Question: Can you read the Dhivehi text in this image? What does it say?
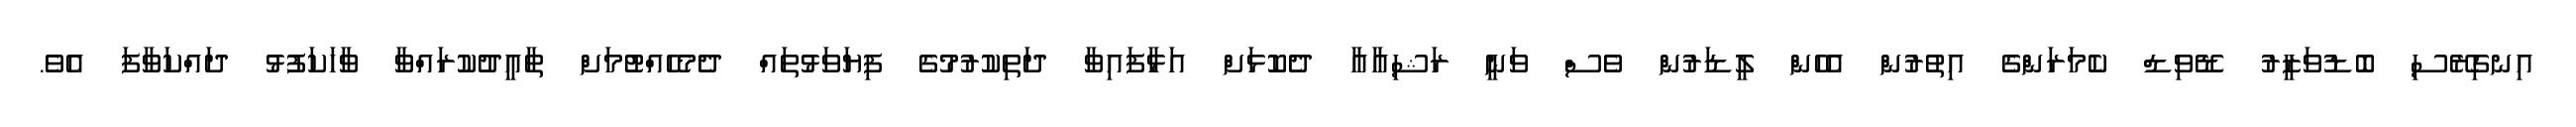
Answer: އިނގިރޭސި ބޮޑުވަޒީރު ޑޭވިޑް ކެމަރަންގެ އިތުރުން އެހެން ލީޑަރުން ވެސް ވަނީ ރަޝިއާއާ ދެކޮޅަށް އަޅާފައިވާ ދަތިކުރުމުގެ ފިޔަވަޅުތައް ދެމެހެއްޓުމަށް ތާއީދުކުރައްވާ ވާހަކަފުޅު ދައްކަވާފަ އެވެ.